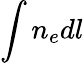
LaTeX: \int n_{e}dl